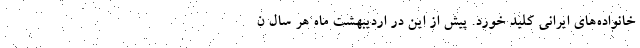
خانواده‌های ایرانی کلید خورد. پیش از این در اردیبهشت ماه هر سال ن